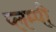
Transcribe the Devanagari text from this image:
प्लम्पी